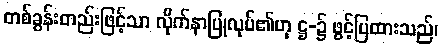
တစ်ခွန်းတည်းဖြင့်သာ လိုက်နာပြုလုပ်၏ဟု ဋ္ဌ-၌ ဖွင့်ပြထားသည်၊